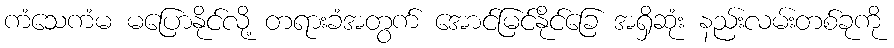
ကံသေကံမ မပြောနိုင်လို့ တရားခံအတွက် အောင်မြင်နိုင်ခြေ အရှိဆုံး နည်းလမ်းတစ်ခုကို